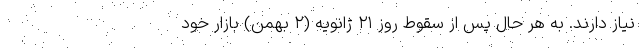
نیاز دارند. به هر حال پس از سقوط روز ۲۱ ژانویه (۲ بهمن) بازار خود